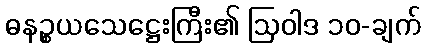
ဓနဉ္စယသေဋ္ဌေးကြီး၏ ဩဝါဒ ၁၀-ချက်